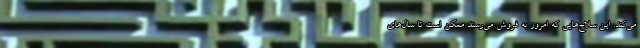
می‌کند. این سلاح‌هایی که امروز به فروش می‌رسند ممکن است تا سال‌های